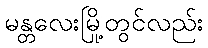
မန္တလေးမြို့တွင်လည်း